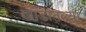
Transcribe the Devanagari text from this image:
खोडातल्या